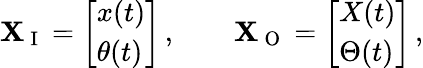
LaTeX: \mathbf{X}_{\mathrm{~I~}}=\left[\begin{array}{l}{x(t)}\\ {\theta(t)}\end{array}\right]\, ,\qquad\mathbf{X}_{\mathrm{~O~}}=\left[\begin{array}{l}{X(t)}\\ {\Theta(t)}\end{array}\right]\, ,